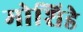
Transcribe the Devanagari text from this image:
मोशिडे